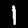
Digit: 1